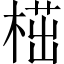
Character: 𣖠